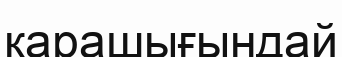
қарашығындай